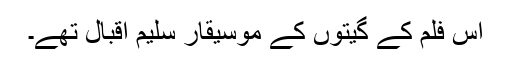
اس فلم کے گیتوں کے موسیقار سلیم اقبال تھے۔